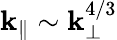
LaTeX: \mathbf{k}_{\parallel}\sim\mathbf{k}_{\perp}^{4/3}